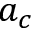
a _ { c }